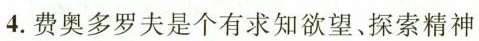
4.费奥多罗夫是个有求知欲望、探索精神、敢